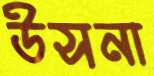
উসনা